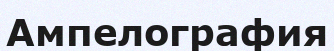
Ампелография